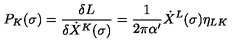
P _ { K } ( \sigma ) = \frac { \delta L } { \delta \dot { X } ^ { K } ( \sigma ) } = \frac { 1 } { 2 \pi \alpha ^ { \prime } } \dot { X } ^ { L } ( \sigma ) \eta _ { L K }